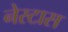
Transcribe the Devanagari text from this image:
नेस्टास